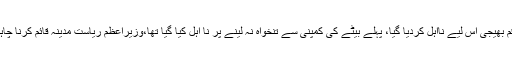
ان کا کہنا تھا کہ نواز شریف کے بیٹے نے ان کو رقم بھیجی اس لیے نااہل کردیا گیا، پہلے بیٹے کی کمپنی سے تنخواہ نہ لینے پر نا اہل کیا گیا تھا،وزیراعظم ریاست مدینہ قائم کرنا چاہتے ہیں تو اپنے لوگوں پر بھی ہاتھ ڈالنا شروع کریں۔